King Institute of Preventive Medicine Micro-Biological Section reports 1909-11
Year: 1909
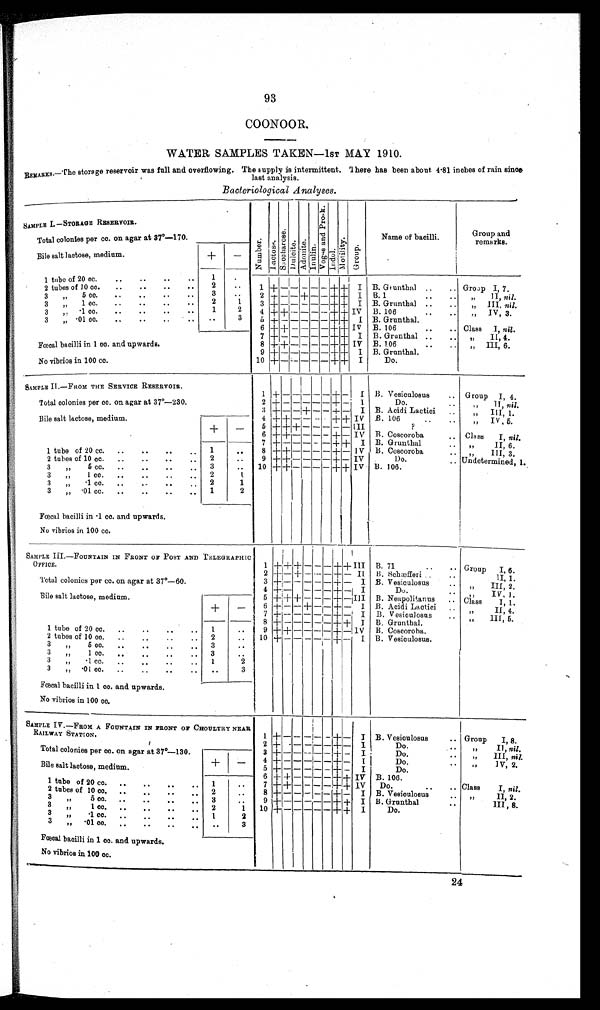
93
COONOOR.
WATER SAMPLES TAKEN—1ST MAY 1910.
REMARK,—The storage reservoir was full and overflowing. The supply is intermittent. There has been about. 4•81 inches of rain since
last analysis
Bacteriological Analyses.
SAMPLE I.—STORAGE RESERVOIR.
N u m b e r .
Lact ose.
S a c c h a r o s e .
Dul ci t e. A d o n i t e . I n u l i n .
V o g e s a n d P r o s k .
Indol.Motility.
G r o u p .
Name of bacilli.
Group and
remarks.
Total colonies per cc. on agar at 37°—170.
Bile salt lactose, medium.
+
-
1 tube of 20 cc.
1
1
+ - - - - - + + I
B. Grunthal
Group I, 7.
2 tubes of 10 cc.
2
3 " 5 cc.
3
2 + - - + - - + +
I B. 1
" II, nil.
3 " 1 cc.
2
1
3 + - - - - - + +
I B. Grunthal
" III, nil.
3 " ·1 cc.
1
2
4 + + - - - - + +
I V B. 106
" IV, 3.
3 " ·01 cc.
3
5 + - - - - - + +
I B. Grunthal.
Fœcal bacilli in 1 co. and upwards.
6 + + - - - - + +
I V B. 106
Class I, nil .
7 + - - - - - + +
I B. Grunthal
" II, 4.
8 + + - - - - + +
I V B. 106
" III, 6.
No vibrios in 100 cc.
9 + - - - - - + +
I B. Grunthal.
10 +
- -
- - - + +
I
Do.
SAMPLE II.—FROM THE SERVICE RESERVOIR.
1
+ - - - - - + -
I
B. Vesiculosus
Group I, 4.
Total colonies per cc. on agar at 37°—230.
2 + - - - - - + -
I
Do.
" II, nil.
3 + - - + - - + -
I B. Acidi Lactici
" III, 1.
Bile salt lactose, medium.
+
-
4 + + - - - - + +
I V B. 106
" IV, 5.
5 + + + - - - - -
I I I
?
6 + + - - - - + -
I V B. Coscoroba
Class I, nil.
7
+ - - -
- - + +
I B. Grunthal
" II, 6.
1 tube of 20 cc.
1
8 + + - - - - + -
I V B. Coscoroba
" III,3.
2 tubes of 10 cc.
2
9 + + - - - - + -
I V
Do.
Undetermined, 1.
3 " 5 cc.
3
10 + + - - - - + +
I V B.106.
3 " 1 cc.
2
1
3 " ·1 cc.
2
1
3 " ·01 cc.
1
2
Fœcal bacilli-in ·1 cc. and upwards.
No vibrios in 100 cc.
SAMPLE III.—FOUNTAIN IN FRONT OF POST AND TELEGRAPHIC
OFFICE.
1
+ + + - - - + +
I I I
B. 71
Group I, 6.
Total colonies per cc. on agar at 37°—60.
2
+ - + - - - + -
I I
B. Schæfferi
" II, 1.
3
+ - - - - - + -
I
B. Vesiculosus
" III, 2.
4+ - - - - - + -
I
Do.
" IV, 1
Bile salt lactose, medium.
+
-
5
+ + + - - - + -
I I I
B. Neapolitanus
Class I, 1
6
+ - - + - - + -
I
B. Acidi Lactici
" II, 4.
7
+ - - - - - + -
I
B. Vesiculosus
" III, 5.
8
+ - - - - - + +
I
B. Grunthal.
1 tube of 20 cc.
1
9
+ + - - - - + -
I V
B. Coscoroba.
2 tubes of 10 cc.
2
10 + - - - - - + -
I
B. Vesiculosus.
3 " 5 cc.
3
3 " 1 cc.
3
3 " ·1 cc.
1
2
3 " ·01 cc.
3
Fœcal bacilli in 1 cc. and upwards.
No vibrios in 100 cc.
SAMPLE IV.—FROM A FOUNTAIN IN FRONT OF CHOULTRY NEAR
RAILWAY STATION.
1
+ - - - - - + -
I
B. Vesiculosus
Group I, 8.
Total colonies per cc. on agar at 37°—130.
2
+ - - - - - + -
I
Do.
" II, nil.
3
+ - - - - - + -
I
Do.
" III
nil.
Bile salt lactose, medium.
+
-
4
+ - - - - - + -
I
Do.
" IV,2.
5
+ - - - - - + -
I
Do.
6
+ + - - - - + +
I V
B. 106.
1 tube of 20 cc.
1
7
+ + - - - - + +
I V
Do.
Class I, nil.
2 tubes of 10 cc.
2
8
+ - - - - - + -
I
B. Vesiculosus
" II, 2.
3 " 5 cc.
3
9
+ - - - - - + +
I
B. Grunthal
" III,8.
3 " 1 cc.
2 1
10
+ - - - - - + +
I
Do.
3 " ·1 cc.
1 2
3 " ·01 cc.
3
Fœcal bacilli in 1 cc. and upwards.
No vibrios in 100 cc.
24